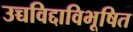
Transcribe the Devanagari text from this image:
उच्चविद्दाविभूषित